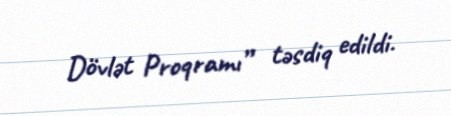
Dövlət Proqramı” təsdiq edildi.